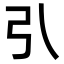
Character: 𢎡